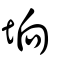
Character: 垧